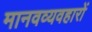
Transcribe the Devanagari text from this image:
मानवव्यवहारों